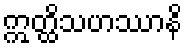
ဣတ္ထိသဟဿာနိ